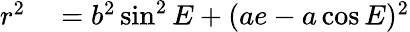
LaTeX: \begin{array}{rl}{r^{2}}&{{}=b^{2}\sin^{2}E+(ae-a\cos E)^{2}}\end{array}